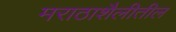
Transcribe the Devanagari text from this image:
मराठाशैलीतील